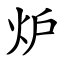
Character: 炉